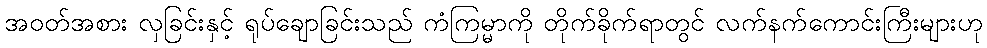
အဝတ်အစား လှခြင်းနှင့် ရုပ်ချောခြင်းသည် ကံကြမ္မာကို တိုက်ခိုက်ရာတွင် လက်နက်ကောင်းကြီးများဟု